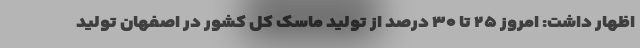
اظهار داشت: امروز ۲۵ تا ۳۰ درصد از تولید ماسک کل کشور در اصفهان تولید